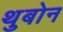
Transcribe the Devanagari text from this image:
थुबोन